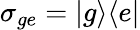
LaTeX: \sigma_{ge}=|g\rangle\langle e|